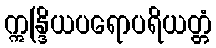
ဣန္ဒြိယပရောပရိယတ္တံ